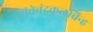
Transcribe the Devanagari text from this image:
त्यांचेचंद्रकुलचिन्ह